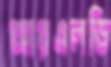
আরএলডি